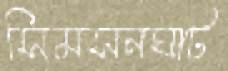
সিমসনঘাট